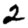
Digit: 2